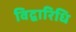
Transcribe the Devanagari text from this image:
विद्वारिधि